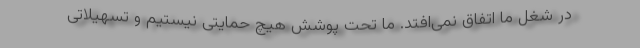
در شغل ما اتفاق نمی‌افتد. ما تحت پوشش هیچ حمایتی نیستیم و تسهیلاتی